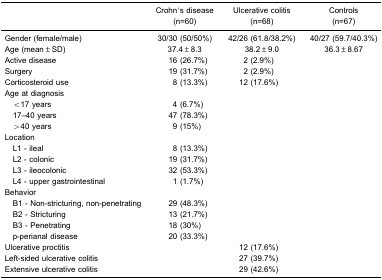
|  | Crohn's disease (n=60) | Ulcerative colitis (n=68) | Controls (n=67) |
 | --- | --- | --- | --- |
 | Gender (female/male) | 30/30 (50/50%) | 42/26 (61.8/38.2%) | 40/27 (59.7/40.3%) |
 | Age (mean±SD) | 37.4±8.3 | 38.2±9.0 | 36.3±8.67 |
 | Active disease | 16 (26.7%) | 2 (2.9%) |  |
 | Surgery | 19 (31.7%) | 2 (2.9%) |  |
 | Corticosteroid use | 8 (13.3%) | 12 (17.6%) |  |
 | <COLSPAN=4> Age at diagnosis |
 | <17 years | 4 (6.7%) |  |  |
 | 17–40 years | 47 (78.3%) |  |  |
 | >40 years | 9 (15%) |  |  |
 | <COLSPAN=4> Location |
 | L1 - ileal | 8 (13.3%) |  |  |
 | L2 - colonic | 19 (31.7%) |  |  |
 | L3 - ileocolonic | 32 (53.3%) |  |  |
 | L4 - upper gastrointestinal | 1 (1.7%) |  |  |
 | <COLSPAN=4> Behavior |
 | B1 - Non-stricturing, non-penetrating | 29 (48.3%) |  |  |
 | B2 - Stricturing | 13 (21.7%) |  |  |
 | B3 - Penetrating | 18 (30%) |  |  |
 | p-perianal disease | 20 (33.3%) |  |  |
 | Ulcerative proctitis |  | 12 (17.6%) |  |
 | Left-sided ulcerative colitis |  | 27 (39.7%) |  |
 | Extensive ulcerative colitis |  | 29 (42.6%) |  |